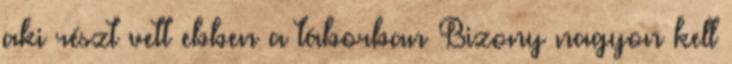
aki részt vett ebben a táborban Bizony nagyon kell